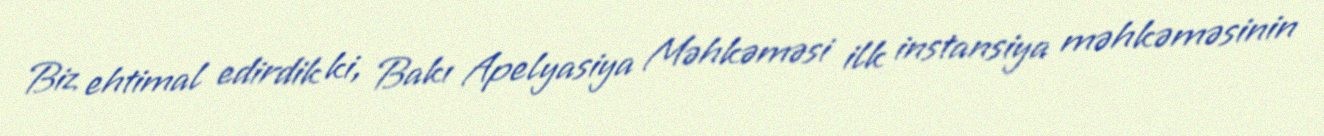
Biz ehtimal edirdik ki, Bakı Apelyasiya Məhkəməsi ilk instansiya məhkəməsinin